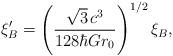
LaTeX: \begin{align*}\xi^\prime_B=\left(\frac{\sqrt3\,c^3}{128\hbar Gr_0}\right)^{1/2}\xi_B,\end{align*}